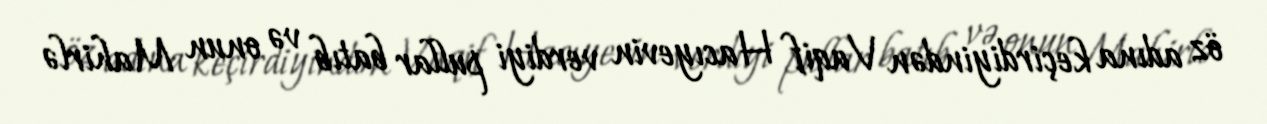
öz adına keçirdiyindən Vaqif Hacıyevin verdiyi pullar batıb və onun Mahirlə